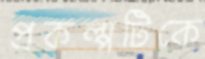
প্রকল্পটিকে